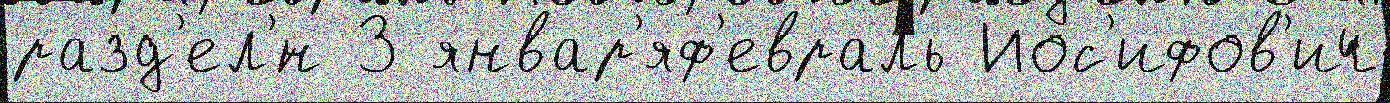
разд'ел'́н 3 январ'яф'евраль Иос'ифов'ич